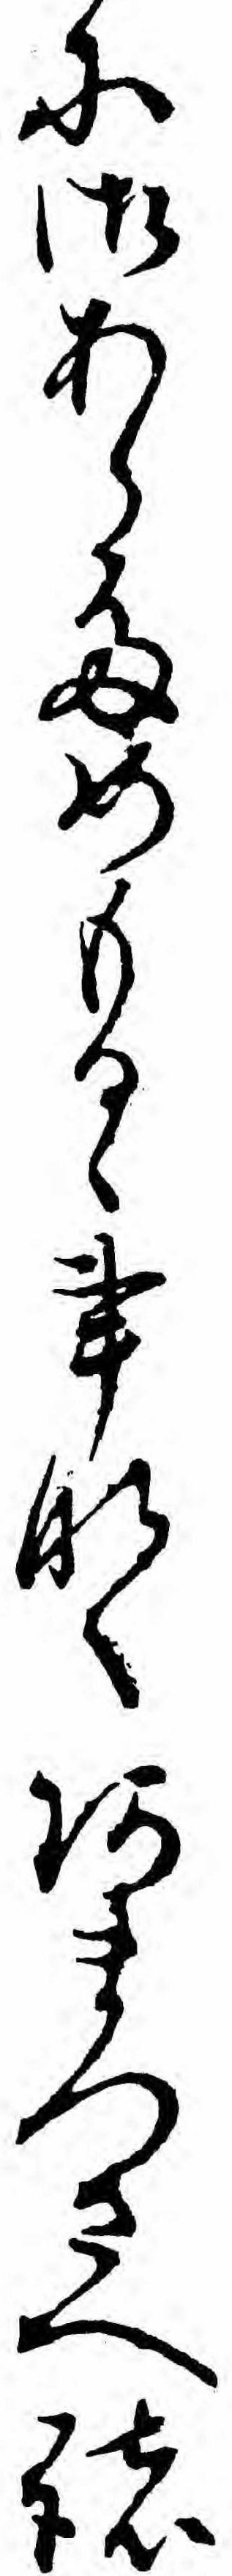
に御あらためもるゝ事なくあまつさへ諸